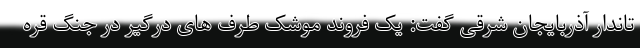
تاندار آذربایجان شرقی گفت: یک فروند موشک طرف های درگیر در جنگ قره